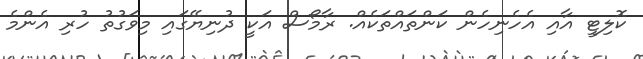
ކޮލިޓީ އާއި އެހެނިހެން ކަންތައްތަކެއް. ރާމޯސް އަކީ ދުނިޔޭގައި މިވަގުތު ހުރި އެންމެ